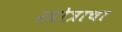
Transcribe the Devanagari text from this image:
स्त्रोत्राचा